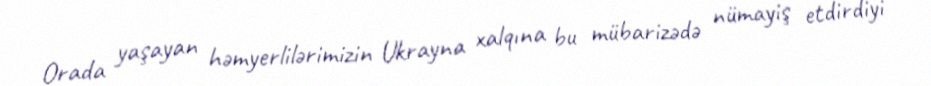
Orada yaşayan həmyerlilərimizin Ukrayna xalqına bu mübarizədə nümayiş etdirdiyi